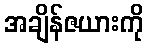
အချိန်ဇယားကို